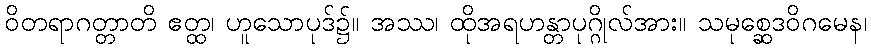
ဝိတရာဂတ္တာတိ ဧတ္ထ၊ ဟူသောပုဒ်၌။ အဿ၊ ထိုအရဟန္တာပုဂ္ဂိုလ်အား။ သမုစ္ဆေဒဝိဂမေန၊